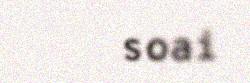
Go soai